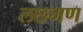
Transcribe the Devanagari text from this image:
लछमण